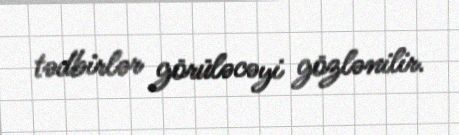
tədbirlər görüləcəyi gözlənilir.